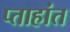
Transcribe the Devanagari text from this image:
प्ताहांत